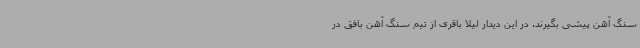
سنگ آهن پیشی بگیرند. در این دیدار لیلا باقری از تیم سنگ آهن بافق در